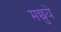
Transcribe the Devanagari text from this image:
मछुये